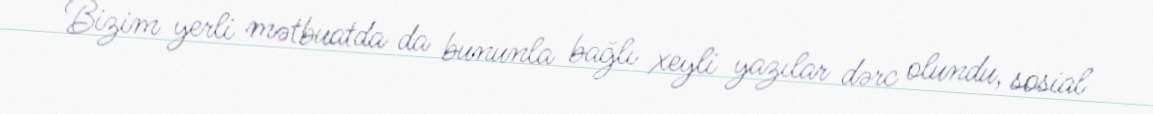
Bizim yerli mətbuatda da bununla bağlı xeyli yazılar dərc olundu, sosial